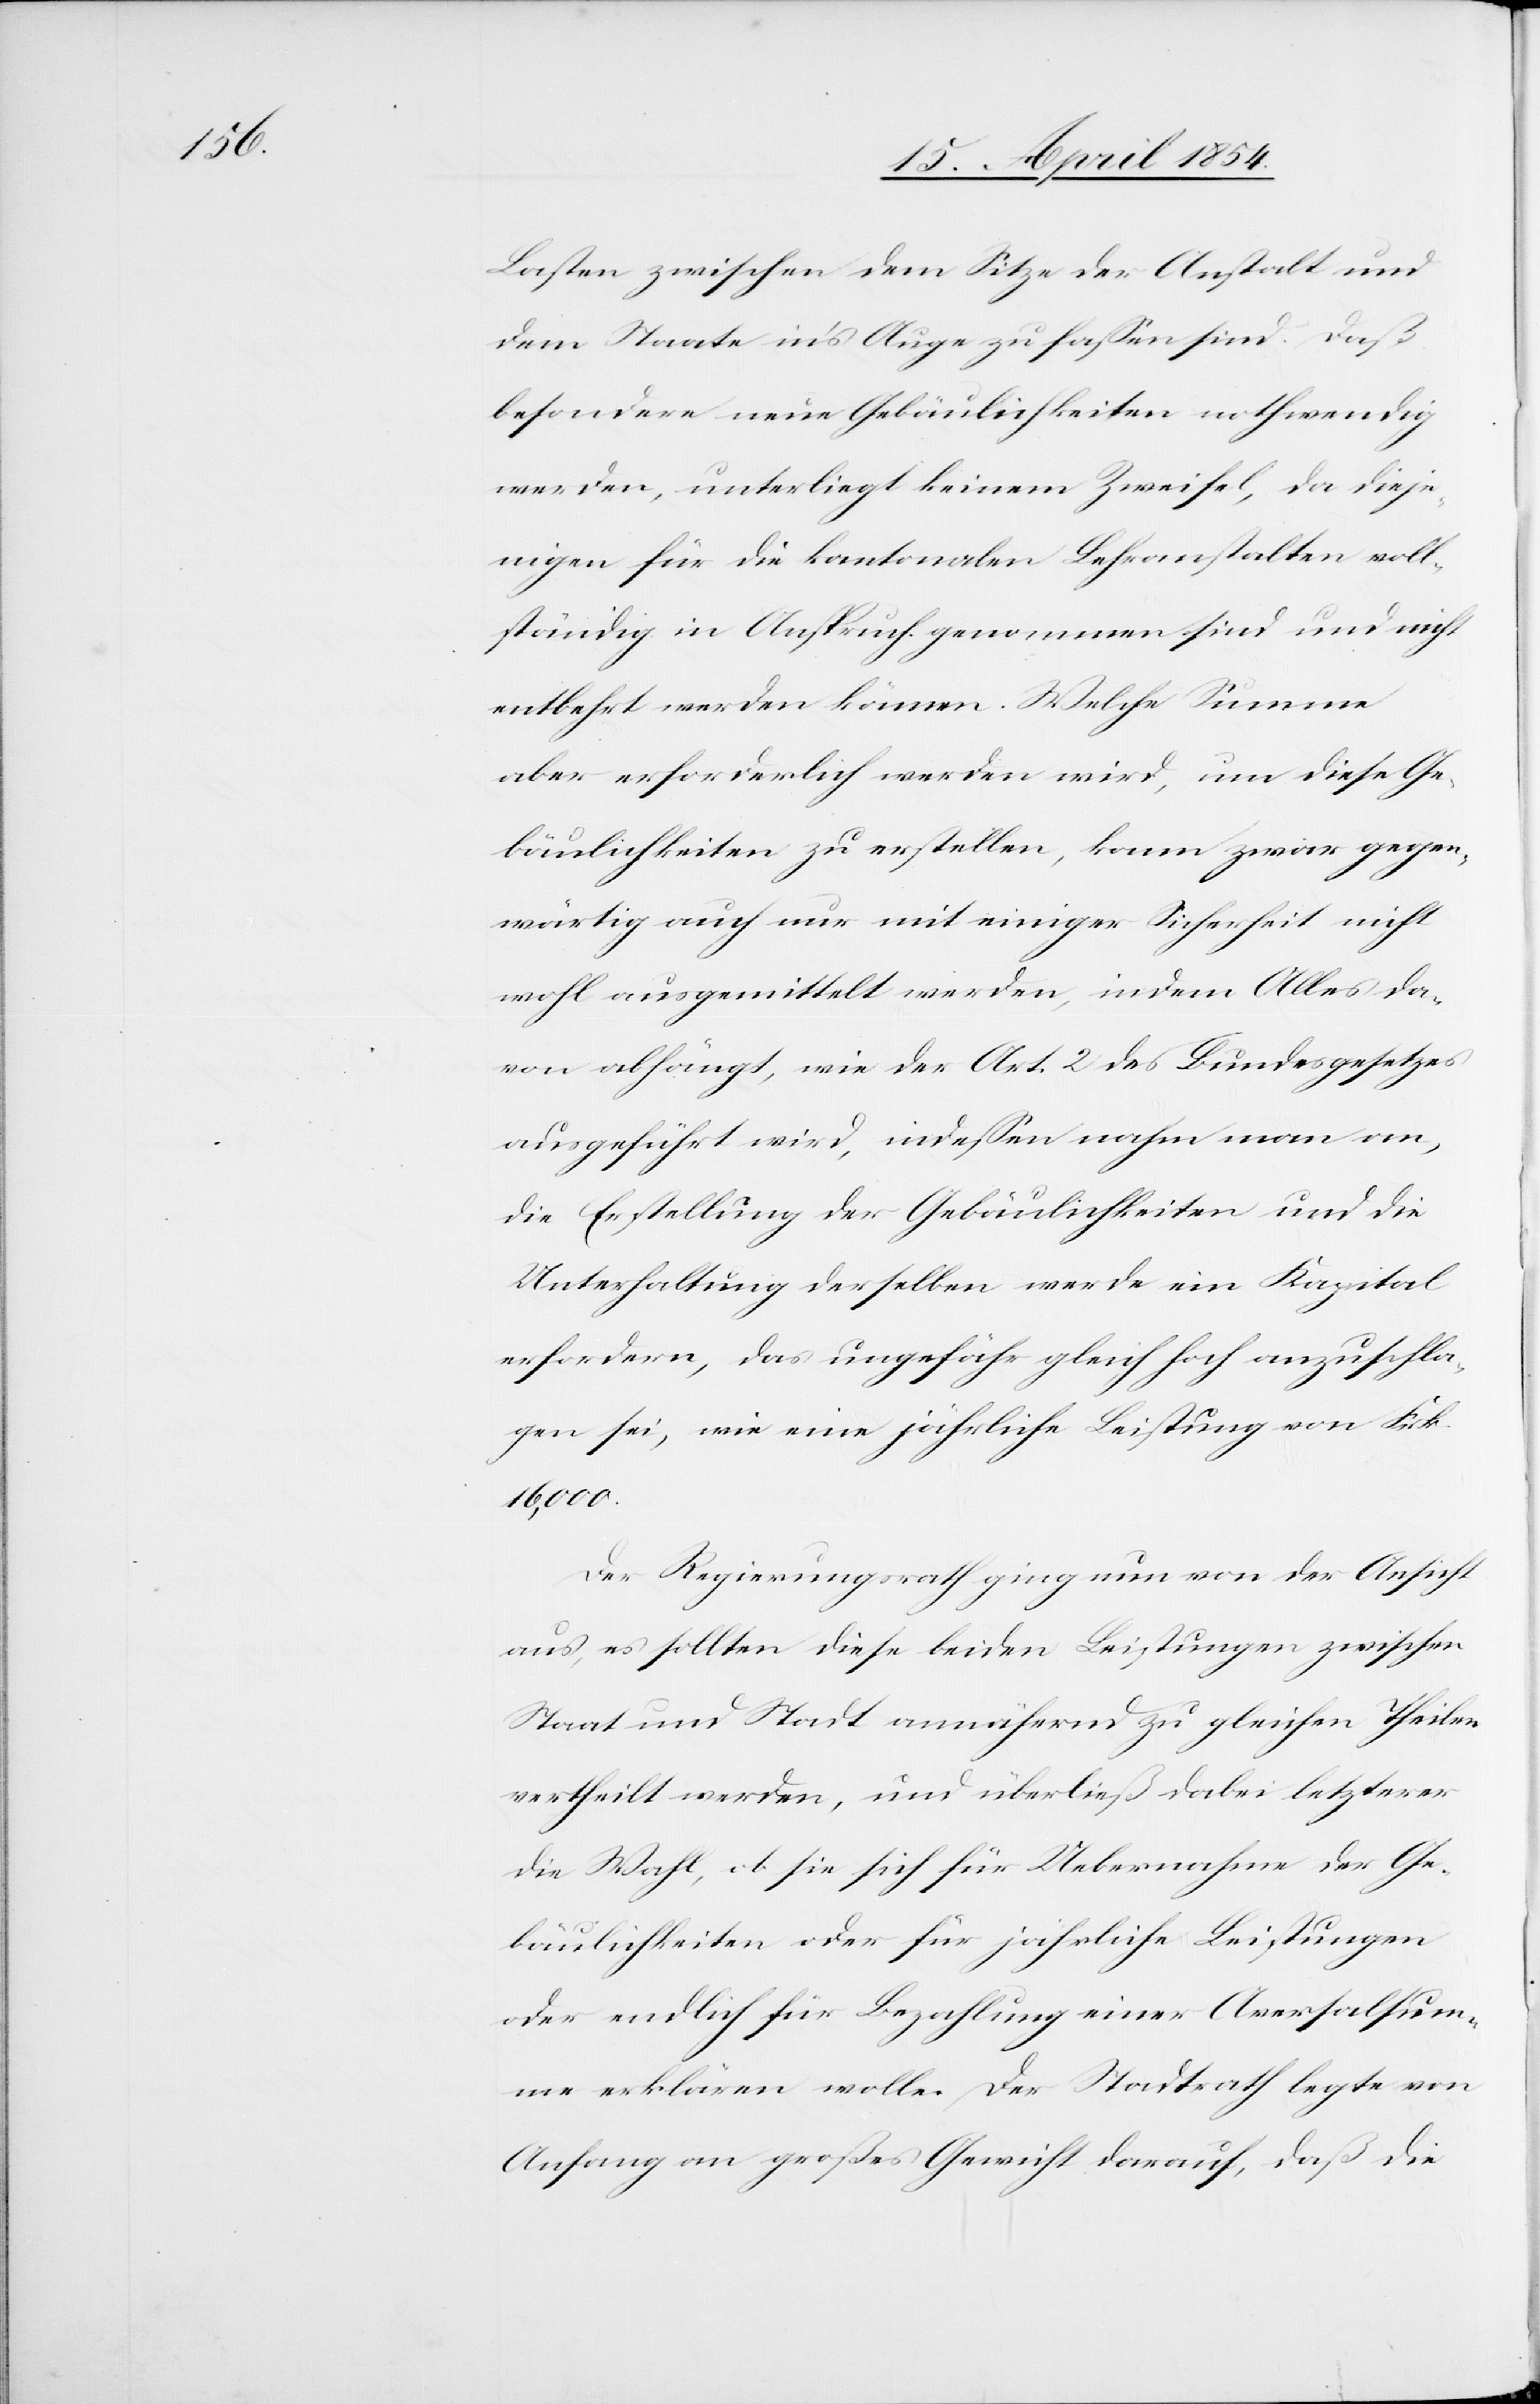
Lasten zwischen dem Sitze der Anstalt und
dem Staate in’s Auge zu faßen sind. Daß
besondere neue Gebäulichkeiten nothwendig
werden, unterliegt keinem Zweifel, da dieje¬
nigen für die kantonalen Lehranstalten voll¬
ständig in Anspruch genommen sind und nicht
entbehrt werden können. Welche Summe
aber erforderlich werden wird, um diese Ge¬
bäulichkeiten zu erstellen, kann zwar gegen¬
wärtig auch nur mit einiger Sicherheit nicht
wohl ausgemittelt werden, indem Alles da¬
von abhängt, wie der Art. 2 des Bundesgesetzes
ausgeführt wird, indeßen nahm man an,
die Erstellung der Gebäulichkeiten und die
Unterhaltung derselben werde ein Kapital
erfordern, das ungefähr gleich hoch anzuschla¬
gen sei, wie eine jährliche Leistung von Frk.
16,000.
Der Regierungsrath ging nun von der Ansicht
aus, es sollten diese beiden Leistungen zwischen
Staat und Stadt annähernd zu gleichen Theilen
vertheilt werden, und überdieß dabei letzterer
die Wahl, ob sie sich für Uebernahme der Ge¬
bäulichkeiten oder für jährliche Leistungen
oder endlich für Bezahlung einer Aversalsum¬
me erklären wolle. Der Stadtrath legte von
Anfang an großes Gewicht darauf, daß die